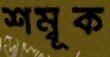
শম্বূক